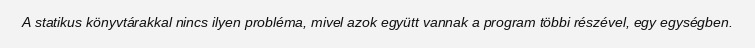
A statikus könyvtárakkal nincs ilyen probléma, mivel azok együtt vannak a program többi részével, egy egységben.